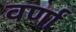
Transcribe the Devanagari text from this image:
वर्णां